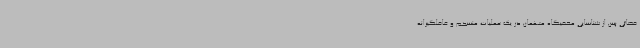
قضائی پس از شناسایی مخفیگاه متهمان در یک عملیات منسجم و غافلگیرانه